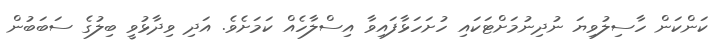
ކަންކަން ހާސިލުވިޔަ ނުދިނުމަށްޓަކައި ހުށަހަޅާފައިވާ އިސްލާހެއް ކަމަށެވެ. އަދި ވިދާޅުވީ ބިލުގެ ސަބަބުން